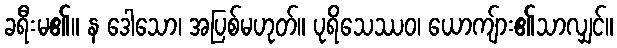
ခရီးမ၏။ န ဒေါသော၊ အပြစ်မဟုတ်။ ပုရိသေဿဝ၊ ယောကျ်ား၏သာလျှင်။